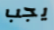
يجب